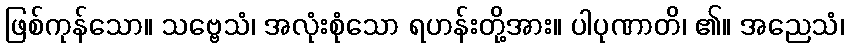
ဖြစ်ကုန်သော။ သဗ္ဗေသံ၊ အလုံးစုံသော ရဟန်းတို့အား။ ပါပုဏာတိ၊ ၏။ အညေသံ၊